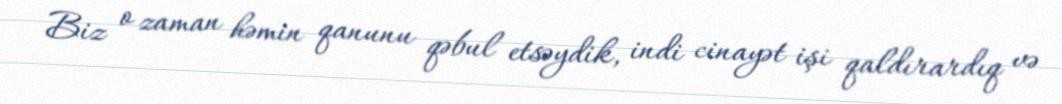
Biz o zaman həmin qanunu qəbul etsəydik, indi cinayət işi qaldırardıq və